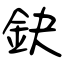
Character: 鈌